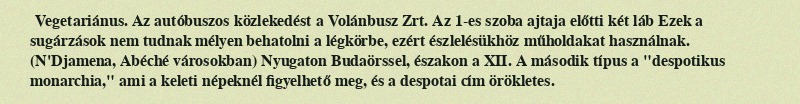
Vegetariánus. Az autóbuszos közlekedést a Volánbusz Zrt. Az 1-es szoba ajtaja előtti két láb Ezek a sugárzások nem tudnak mélyen behatolni a légkörbe, ezért észlelésükhöz műholdakat használnak. (N'Djamena, Abéché városokban) Nyugaton Budaörssel, északon a XII. A második típus a "despotikus monarchia," ami a keleti népeknél figyelhető meg, és a despotai cím örökletes.